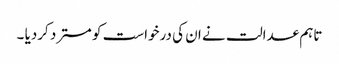
تاہم عدالت نے ان کی درخواست کو مسترد کردیا ۔